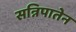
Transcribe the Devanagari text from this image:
सन्निपातेन